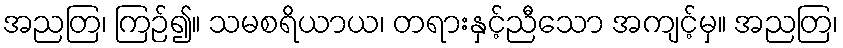
အညတြ၊ ကြဉ်၍။ သမစရိယာယ၊ တရားနှင့်ညီသော အကျင့်မှ။ အညတြ၊